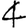
Digit: 4